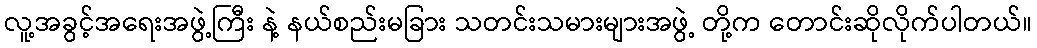
လူ့အခွင့်အရေးအဖွဲ့ကြီး နဲ့ နယ်စည်းမခြား သတင်းသမားများအဖွဲ့ တို့က တောင်းဆိုလိုက်ပါတယ်။